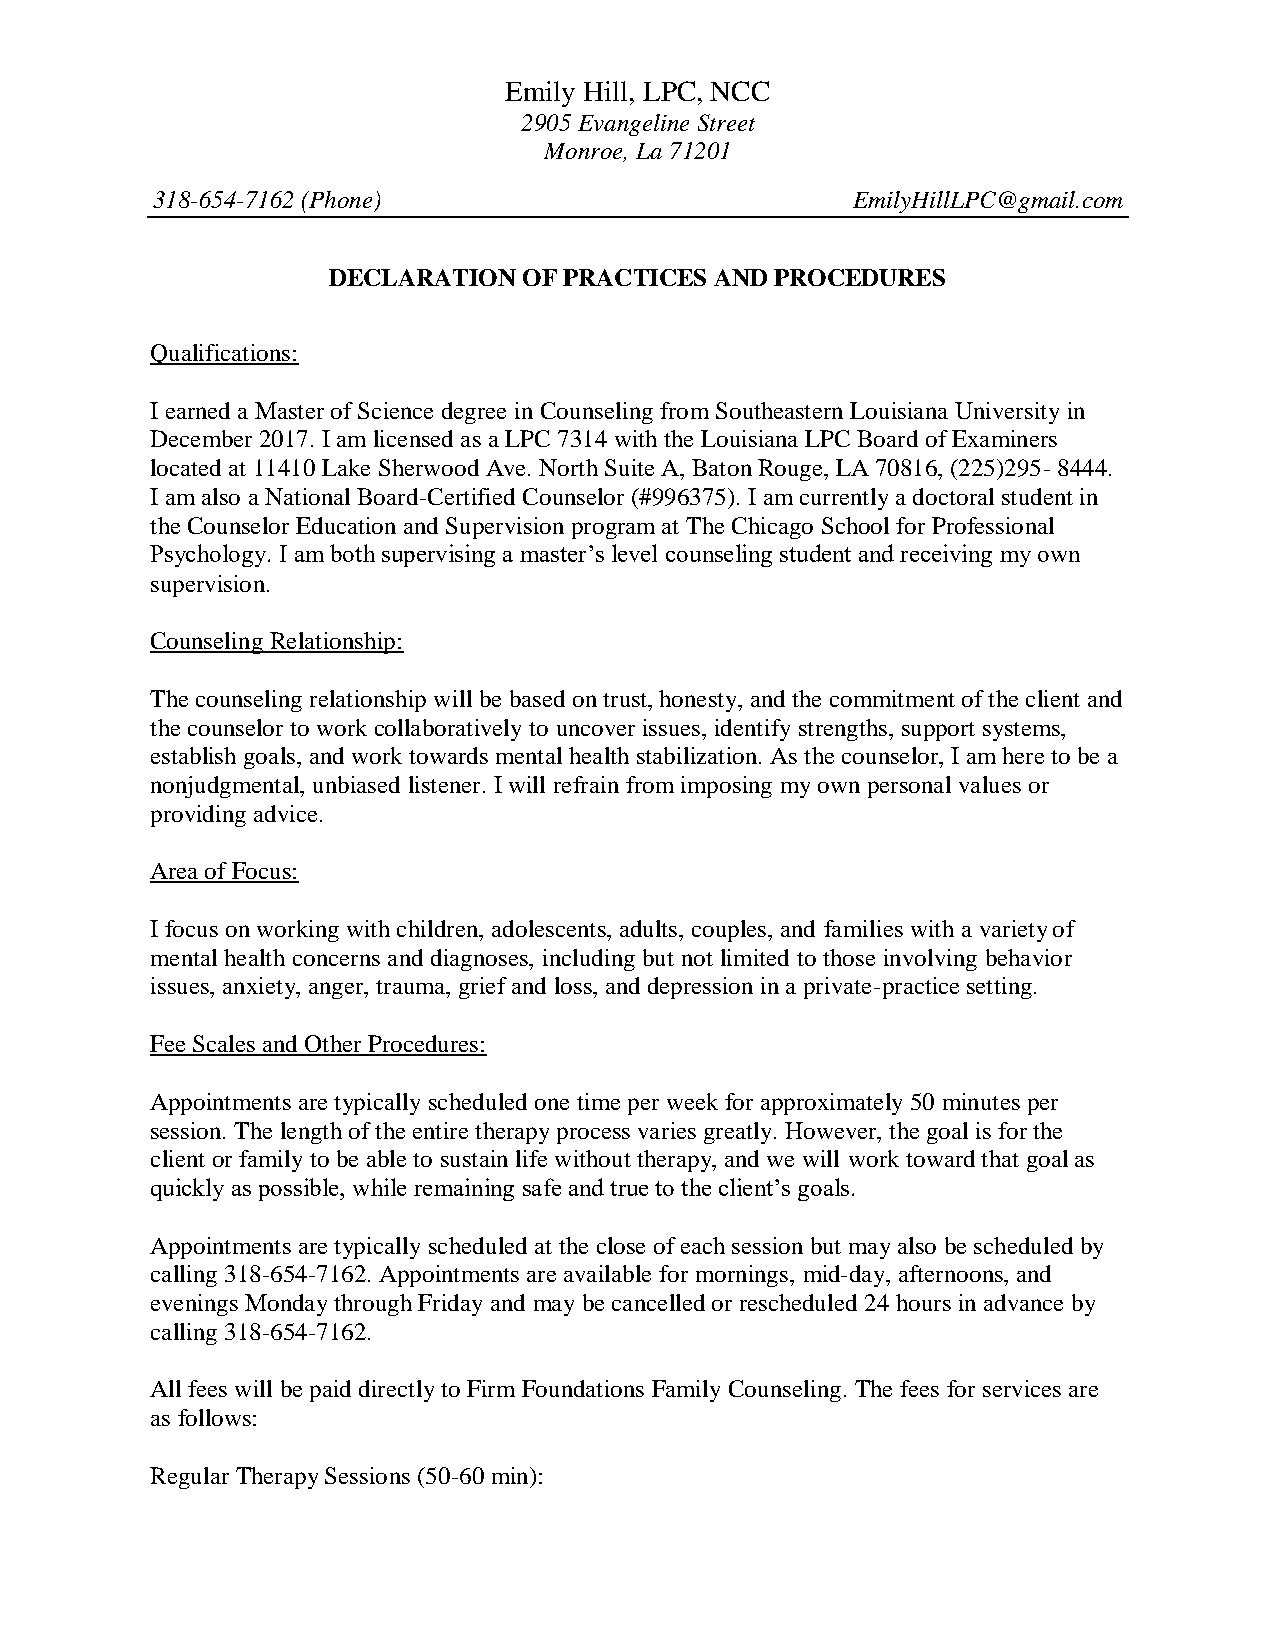
Emily Hill, LPC, NCC
 2905 Evangeline Street
 Monroe, La 71201
 318-654-7162 (Phone)                          EmilyHillLPC@gmail.com
 DECLARATION  OF PRACTICES AND PROCEDURES
 Qualifications:
 I earned a Master of Science degree in Counseling from Southeastern Louisiana University in
 December 2017. I am licensed as a LPC 7314 with the Louisiana LPC Board of Examiners
 located at 11410 Lake Sherwood Ave. North Suite A, Baton Rouge, LA 70816, (225)295- 8444.
 I am also a National Board-Certified Counselor (#996375). I am currently a doctoral student in
 the Counselor Education and Supervision program at The Chicago School for Professional
 Psychology. I am both supervising a master’s level counseling student and receiving my own
 supervision.
 Counseling Relationship:
 The counseling relationship will be based on trust, honesty, and the commitment of the client and
 the counselor to work collaboratively to uncover issues, identify strengths, support systems,
 establish goals, and work towards mental health stabilization. As the counselor, I am here to be a
 nonjudgmental, unbiased listener. I will refrain from imposing my own personal values or
 providing advice.
 Area of Focus:
 I focus on working with children, adolescents, adults, couples, and families with a variety of
 mental health concerns and diagnoses, including but not limited to those involving behavior
 issues, anxiety, anger, trauma, grief and loss, and depression in a private-practice setting.
 Fee Scales and Other Procedures:
 Appointments are typically scheduled one time per week for approximately 50 minutes per
 session. The length of the entire therapy process varies greatly. However, the goal is for the
 client or family to be able to sustain life without therapy, and we will work toward that goal as
 quickly as possible, while remaining safe and true to the client’s goals.
 Appointments are typically scheduled at the close of each session but may also be scheduled by
 calling 318-654-7162. Appointments are available for mornings, mid-day, afternoons, and
 evenings Monday through Friday and may be cancelled or rescheduled 24 hours in advance by
 calling 318-654-7162.
 All fees will be paid directly to Firm Foundations Family Counseling. The fees for services are
 as follows:
 Regular Therapy Sessions (50-60 min):